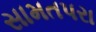
સામતપરા